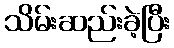
သိမ်းဆည်းခဲ့ပြီး